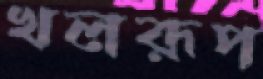
খলরূপ